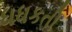
ધધકતી